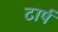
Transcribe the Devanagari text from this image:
टार्प